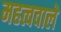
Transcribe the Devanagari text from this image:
महत्ववाले